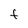
Character: F